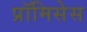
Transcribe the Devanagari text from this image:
प्रॉमिसेस